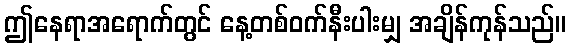
ဤနေရာအရောက်တွင် နေ့တစ်ဝက်နီးပါးမျှ အချိန်ကုန်သည်။